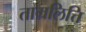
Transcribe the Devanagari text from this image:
ताम्रलित्ति